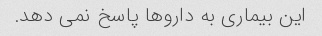
این بیماری به داروها پاسخ نمی دهد.